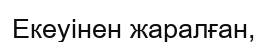
Екеуінен жаралған,